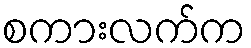
စကားလက်က